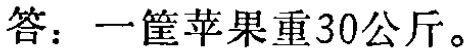
答：一筐苹果重30公斤。